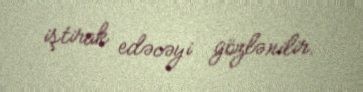
iştirak edəcəyi gözlənilir.